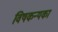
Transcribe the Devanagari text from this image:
विषकन्यका